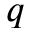
q